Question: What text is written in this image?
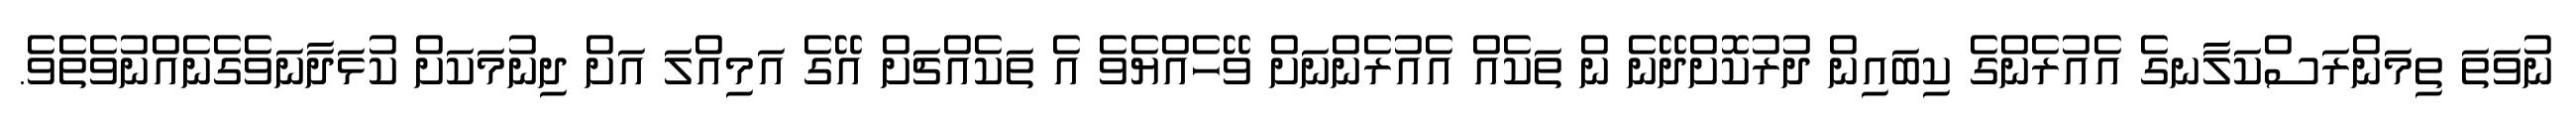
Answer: ނުވަތަ ތިމަންރަސްކަލާނގެ އެއުރެންގެ ކިބައިން ދުރުކޮށްދޭނެ ން ތަކެއް އެއުރެންނަށް ވޭހެއްޔެވެ އެ ތަކެއްޗަށް އޭގެ އަމިއްލަ އަށް ދިނުމަކަށް ކުޅަދާނަވެގެނެއްނުވެތެވެ.